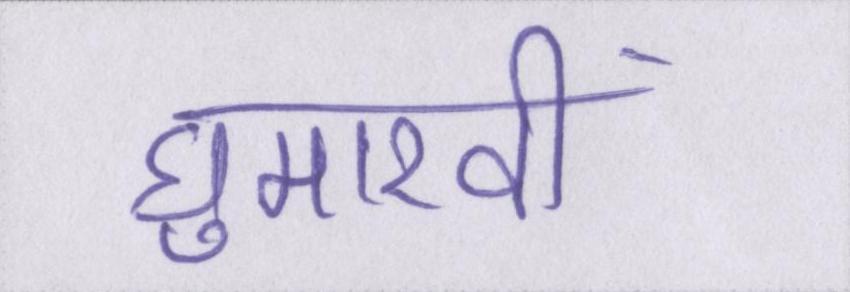
घुमारवीं